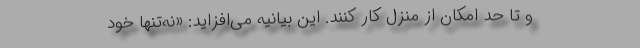
و تا حد امکان از منزل کار کنند. این بیانیه می‌افزاید:‌ «نه‌تنها خود